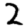
Digit: 2